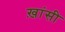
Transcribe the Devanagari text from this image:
ख़ांसी